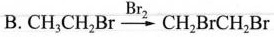
B.$$CH_{3}CH_{2}Br \xrightarrow[]{Br_{2}}CH_{2}BrCH_{2}Br$$